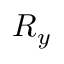
R _ { y }